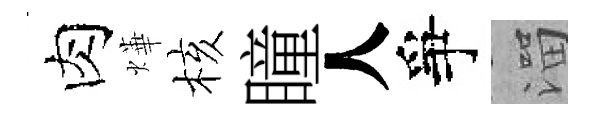
肉燁核瞳人爭溜